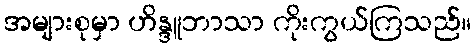
အများစုမှာ ဟိန္ဒူဘာသာ ကိုးကွယ်ကြသည်။